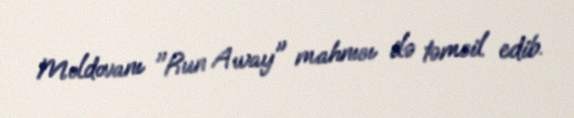
Moldovanı "Run Away" mahnısı ilə təmsil edib.